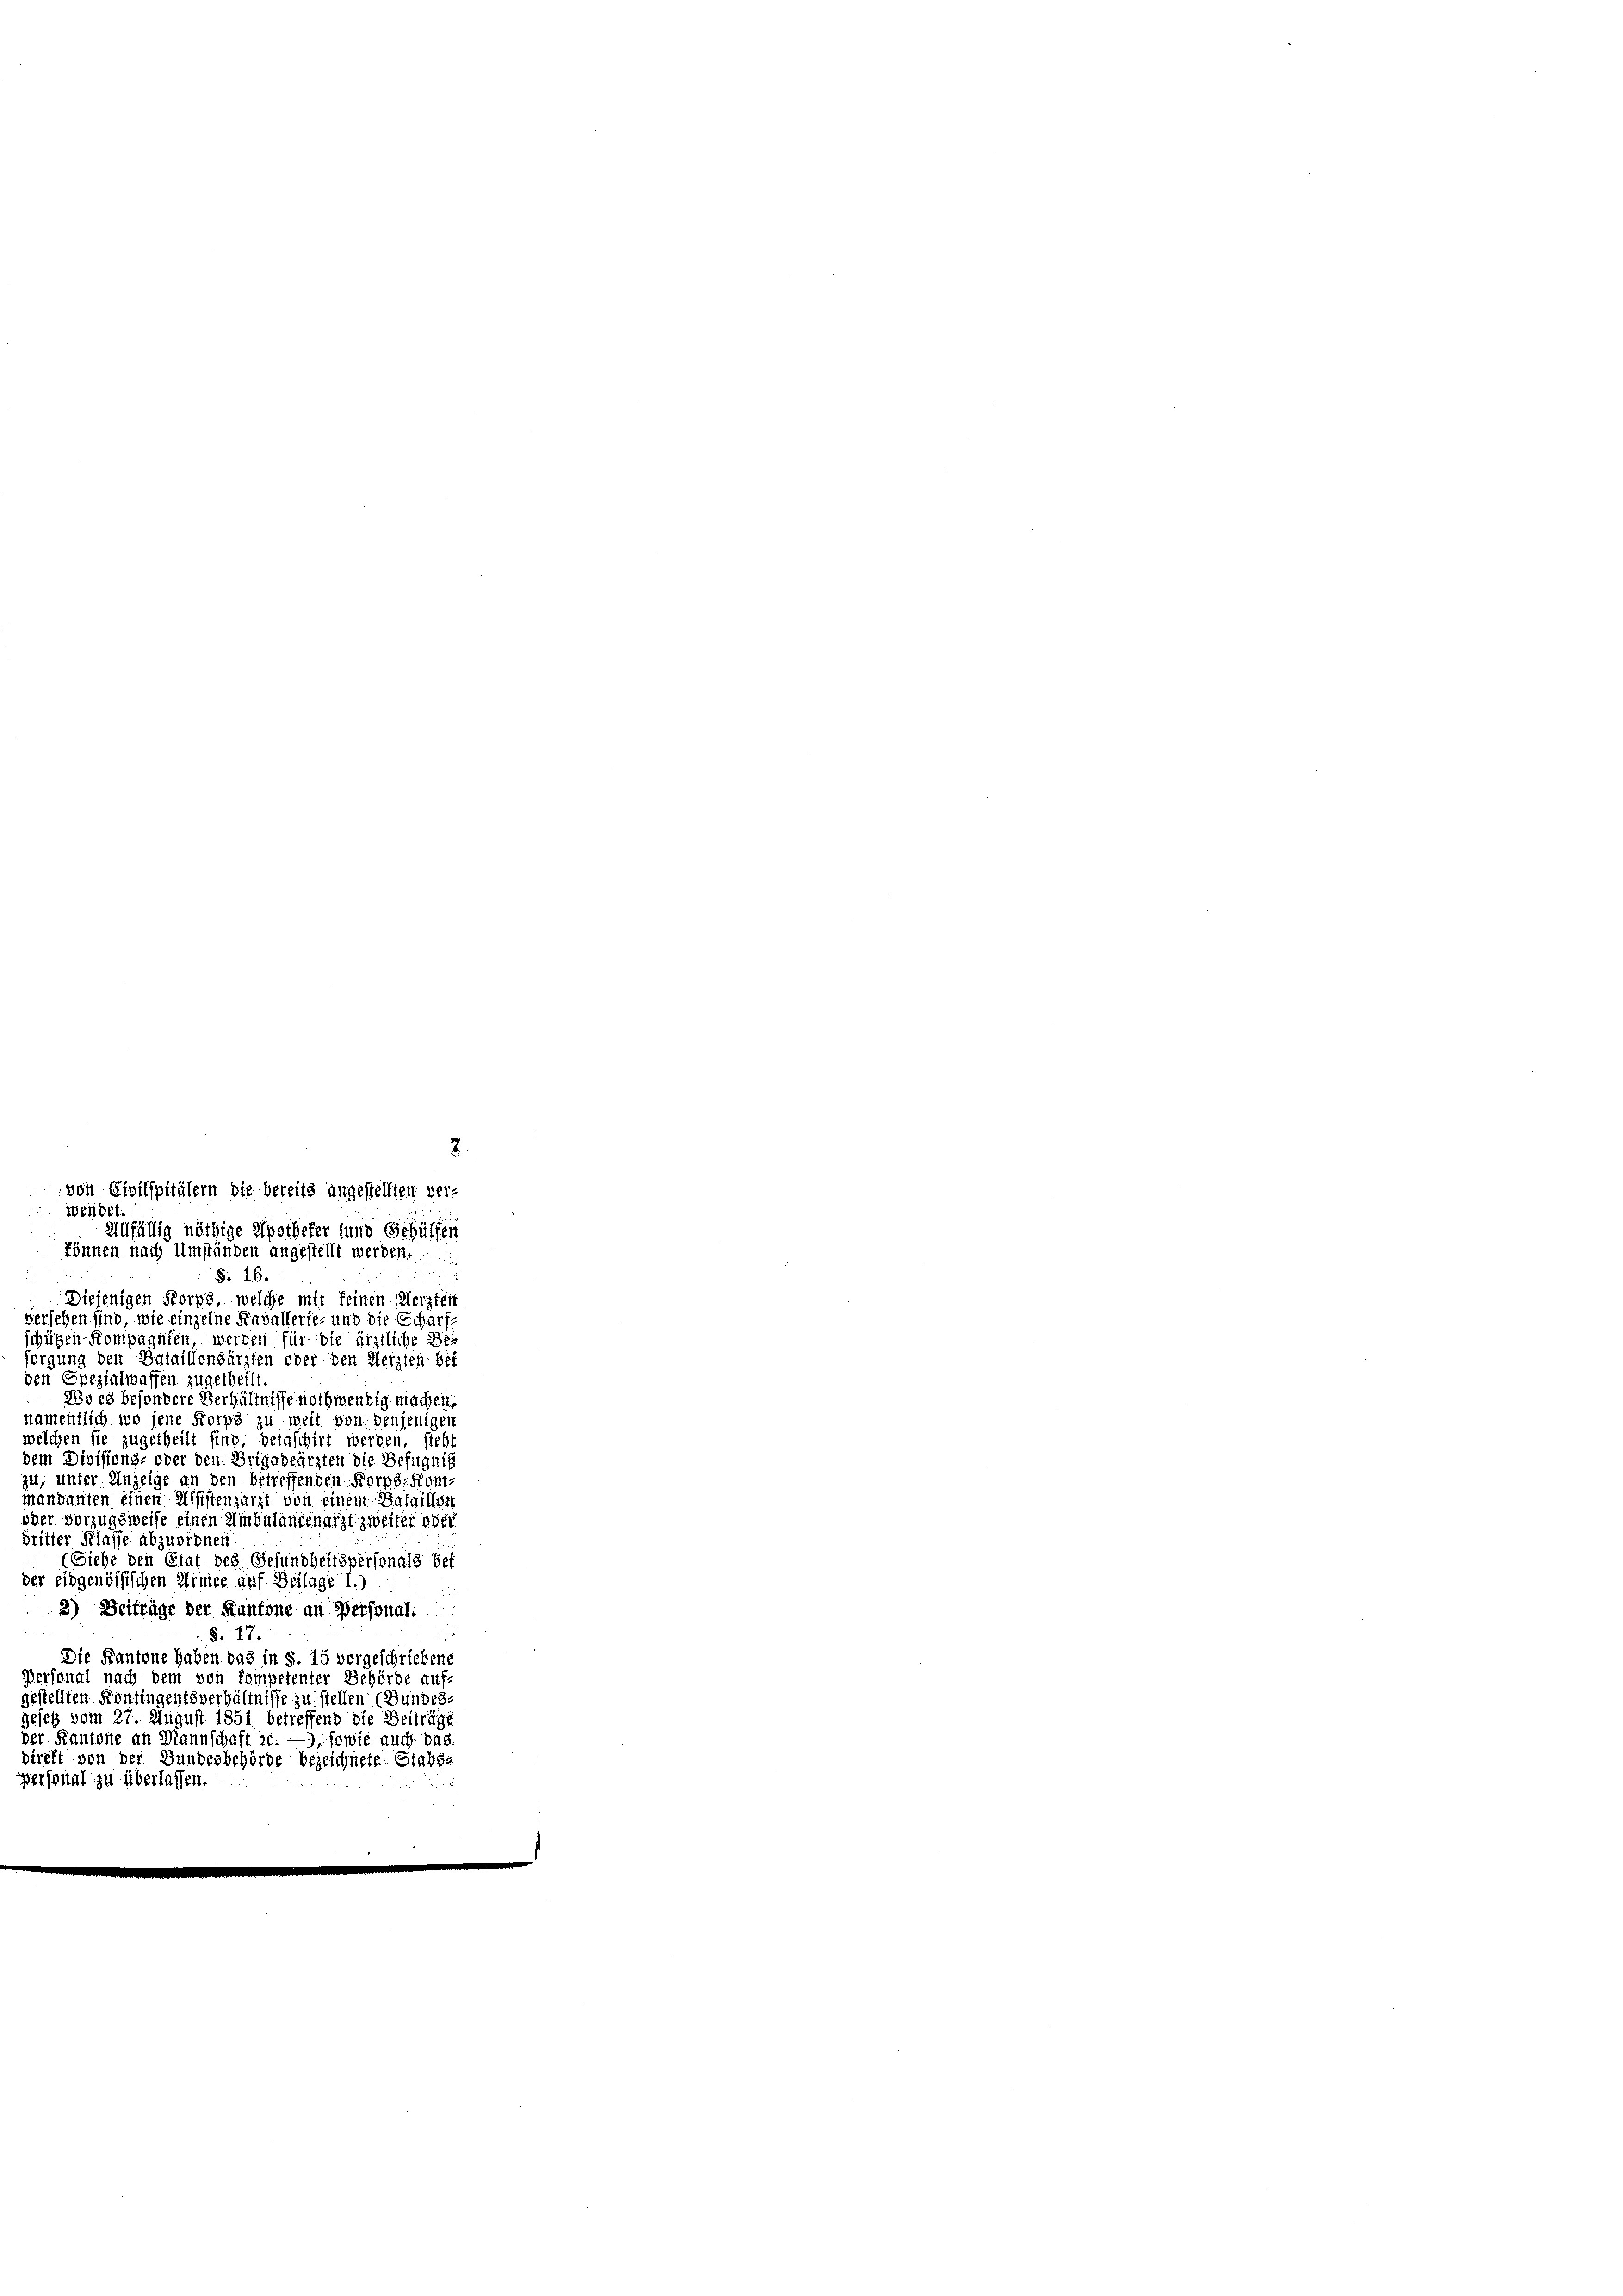
2
von Civilspitälern die bereits angestellten ver-
Wendet.
Allfällig nöthige Apotheker und Gehülfen
können nach Umständen angestellt werden.
S. 16.
e
Diejenigen Korps, welche mit feinen Merzter
versehen sind, wie einzelne Kavallerie- und die Scharfe
chüben Kompagnien, werden für die ärztliche Be-
sorgung den Bataillonsärzten oder den Aerzten bei
den Spezialwaffen zugetheilt.
Röd es besondere Verhältnisse nothwendig machen,
namentlich wo jene Korps zu weit von denjenigen
welchen sie zugetheilt sind detaschirt werden, steht
dem Divisions- oder den Brigadeärzten die Befugnis
zu, unter Unzeige an den betreffenden Korps-Kommandanten einen Ministenzarzt von einem Batailler
oder vorzugsweise einen Umbulangenarzt zweiter ober
dritter Klasse abzuordnen
(Siehe den Etat des Gesundheitspersonals bet
der eidgenössischen Wimee auf Beilage 1.)
2) Beiträge der Kantone an Personali
§. 17.
Die Kantone haben das in S. 15 vorgeschriebene
Personal nach dem von kompetenter Behörde auf-
gestellten Konfingentsverhältnisse zu stellen (Bundes-
gesetz vom 27. August 1851 betreffend die Beiträge
der Kantone an Mannschaft sc. —), sowie auch das
direkt von der Bundesbehörde bezeichnete Stabs-
personal zu überlassen.